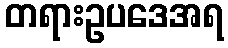
တရားဥပဒေအရ